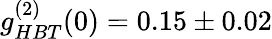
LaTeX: g_{HBT}^{(2)}(0)=0.15\pm 0.02